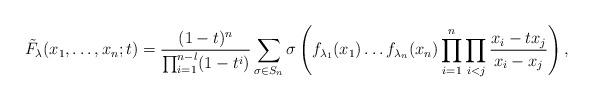
LaTeX: \begin{align*} \tilde F_\lambda (x_1,\dots, x_n;t) =\frac{(1-t)^n}{\prod_{i=1}^{n-l}(1-t^i)} \sum_{\sigma \in S_n}\sigma\left(f_{\lambda_1}(x_{1})\dots f_{\lambda_n}(x_{n})\prod_{i=1}^{n}\prod_{i < j}\frac{x_{i}-tx_{j}} {x_{i}-x_{j}}\right),\end{align*}